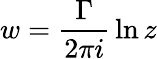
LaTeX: w={\frac{\Gamma}{2\pi i}}\ln z